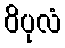
ဝိပုလံ